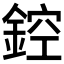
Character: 𨨀